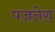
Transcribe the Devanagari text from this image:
पजनेरा